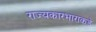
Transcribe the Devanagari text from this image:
राज्यकारभाराकडे